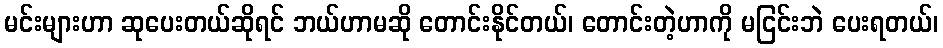
မင်းများဟာ ဆုပေးတယ်ဆိုရင် ဘယ်ဟာမဆို တောင်းနိုင်တယ်၊ တောင်းတဲ့ဟာကို မငြင်းဘဲ ပေးရတယ်၊